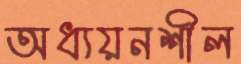
অধ্যয়নশীল